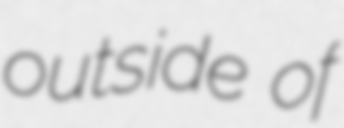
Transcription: outside of